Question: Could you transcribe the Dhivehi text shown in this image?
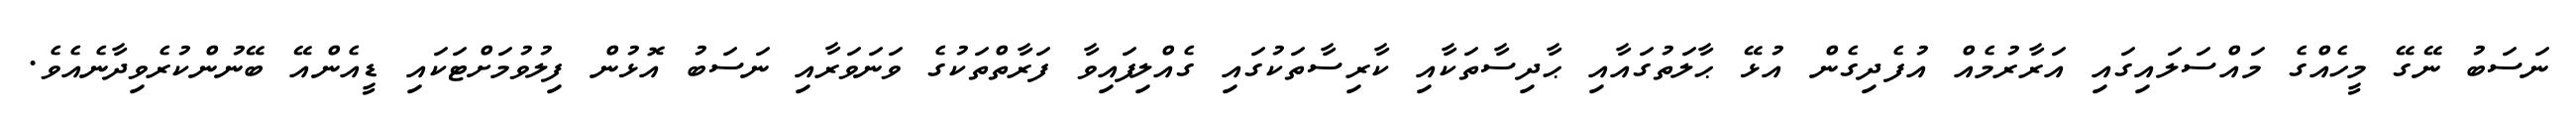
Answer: ނަސަބު ނޭގޭ މީހެއްގެ މައްސަލައިގައި އަރާރުމެއް އުފެދިގެން އުޅޭ ޙާލަތުގައާއި ޙާދިސާތަކާއި ކާރިސާތަކުގައި ގެއްލިފައިވާ ފަރާތްތަކުގެ ވަނަވަރާއި ނަސަބު އޮޅުން ފިލުވުމަށްޓަކައި ޑީއެންއޭ ބޭނުންކުރެވިދާނެއެވެ.